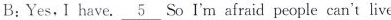
B;Yes,I have.\underline{5} So I'm afraid people can't live